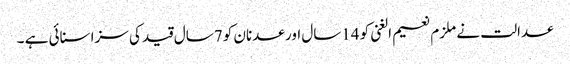
عدالت نے ملزم نعیم الغنی کو 14سال اور عدنان کو 7سال قید کی سزا سنائی ہے ۔